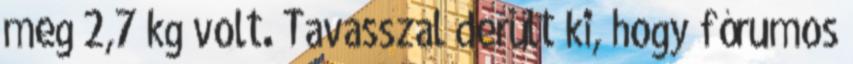
meg 2,7 kg volt. Tavasszal derült ki, hogy fórumos